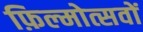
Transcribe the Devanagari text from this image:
फ़िल्मोत्सवों